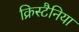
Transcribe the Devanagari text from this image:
क्रिस्टैनिया